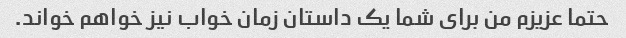
حتما عزیزم من برای شما یک داستان زمان خواب نیز خواهم خواند.